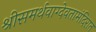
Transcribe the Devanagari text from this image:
श्रीसमर्थवाग्देवतामंदिरात